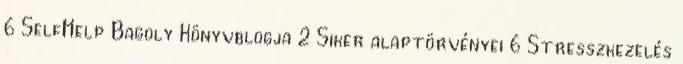
6 SelfHelp Bagoly Könyvblogja 2 Siker alaptörvényei 6 Stresszkezelés